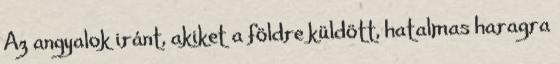
Az angyalok iránt, akiket a földre küldött, hatalmas haragra